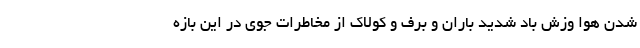
شدن هوا وزش باد شدید باران و برف و کولاک از مخاطرات جوی در این بازه